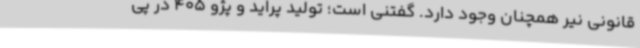
قانونی نیر همچنان وجود دارد. گفتنی است؛ تولید پراید و پژو 405 در پی